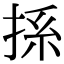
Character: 𢭁